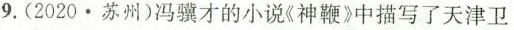
9.(2020\cdot 苏州)冯骥才的小说\ll神鞭 \gg 中描写了天津卫